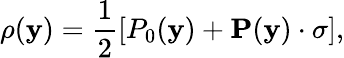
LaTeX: \rho(\mathbf{y})={\frac{{1}}{{2}}}[P_{0}(\mathbf{y})+{\mathbf{P}}(\mathbf{y})\cdot{\mathbf{\sigma}}],